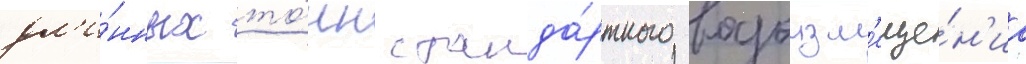
дл'и́нных то́нн станда́ртного водоизм'еще́н'иа